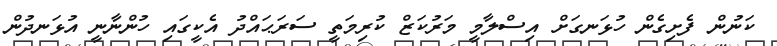
ކަނުން ފެށިގެން ހުޅަނގަށް އިސްލާމީ މަރުކަޒް ކުރިމަތީ ސަރަޙައްދު އެކީގައި ހުންނާނީ އުޅަނދުން